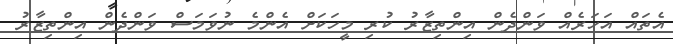
އެތައް އަހަރެއް ވަންދެން އިންތިޒާރު ކުރި މީހަކަށް އެންމެ ނުވަމަސް ވަންދެން އިންތިޒާރު